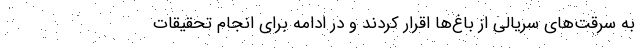
به سرقت‌های سریالی از باغ‌ها اقرار کردند و در ادامه برای انجام تحقیقات